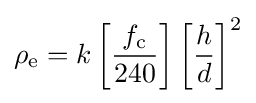
\rho _{\text{e}}=k\left[{\frac {f_{\text{c}}}{240}}\right]\left[{\frac {h}{d}}\right]^{2}